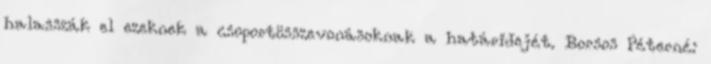
halasszák el ezeknek a csoportösszevonásoknak a határidejét. Borsos Péterné: